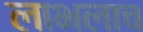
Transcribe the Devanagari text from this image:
लाभलाच